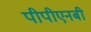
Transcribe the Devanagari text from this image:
पीपीएनबी